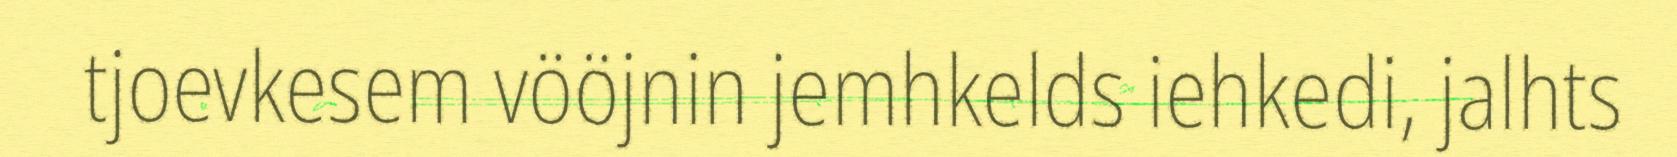
tjoevkesem vööjnin jemhkelds iehkedi, jalhts